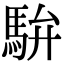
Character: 䮁